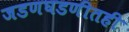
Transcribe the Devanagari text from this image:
जडणघडणीतही